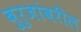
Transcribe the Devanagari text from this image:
बुरुजांवरील